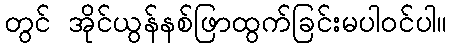
တွင် အိုင်ယွန်နစ်ဖြာထွက်ခြင်းမပါဝင်ပါ။